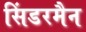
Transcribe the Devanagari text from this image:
सिंडरमैन